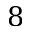
8